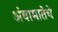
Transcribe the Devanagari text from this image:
अंबामातेचे